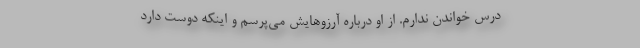
درس خواندن ندارم. از او درباره آرزوهایش می‌پرسم و اینکه دوست دارد